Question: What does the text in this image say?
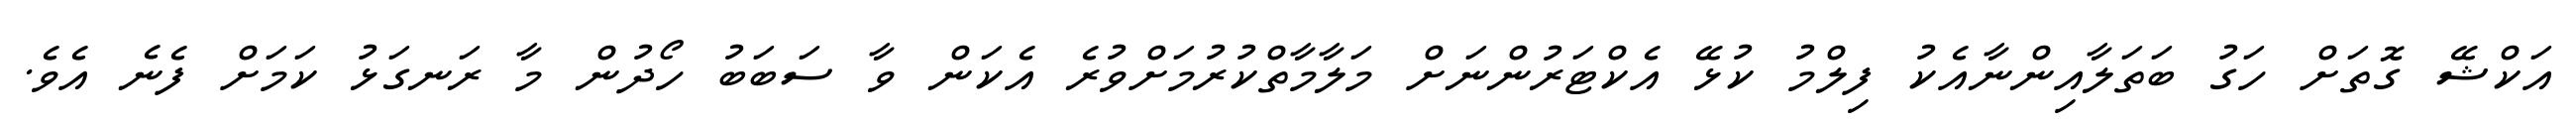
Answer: އަކްޝޭ ގޮތަށް ހަގު ބަތަލާއިންނާއެކު ފިލްމު ކުޅޭ އެކްޓަރުންނަށް މަލާމާތްކުރުމަށްވުރެ އެކަން ވާ ސަބަބު ހޯދުން މާ ރަނގަޅު ކަމަށް ފެނެ އެވެ.